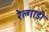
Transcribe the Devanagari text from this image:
रेल्गाडी